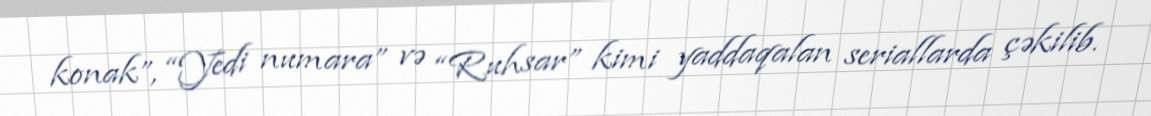
konak”, “Yedi numara” və “Ruhsar” kimi yaddaqalan seriallarda çəkilib.